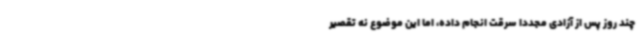
چند روز پس از آزادی مجدداً سرقت انجام داده، اما این موضوع نه تقصیر